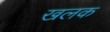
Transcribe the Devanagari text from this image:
खलक